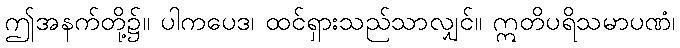
ဤအနက်တို့၌။ ပါကပေဒ၊ ထင်ရှားသည်သာလျှင်။ ဣတိပရိသမာပဏံ၊